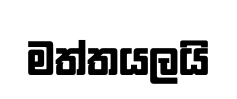
මත්තයලයි